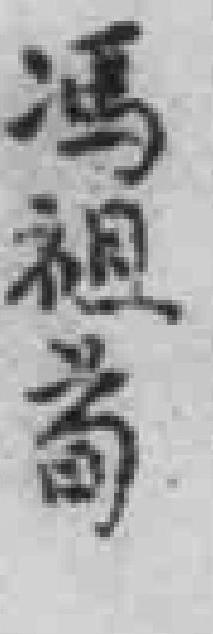
馮祖荀